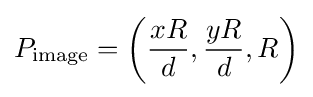
P_{\mathrm  }=\left({\frac {xR}{d}},{\frac {yR}{d}},R\right)